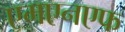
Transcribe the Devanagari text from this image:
एमएनएफ